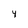
Character: 4